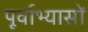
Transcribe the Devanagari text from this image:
पूर्वाभ्यासों